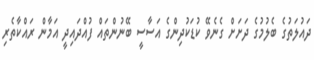
ދައުލަތުގެ ބެލުމުގެ ދަށަށް ގެނެވޭ ކުޑަކުދިންގެ އަސާސީ ބޭނުންތައް ފުއްދައިދީ އަމާން ރައްކާތެރި